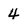
Character: 4